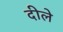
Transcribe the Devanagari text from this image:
दीले